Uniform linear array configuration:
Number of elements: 32
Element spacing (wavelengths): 0.5
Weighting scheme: kaiser
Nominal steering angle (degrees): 15
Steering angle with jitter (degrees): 15.323
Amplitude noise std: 0.05
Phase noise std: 0.05

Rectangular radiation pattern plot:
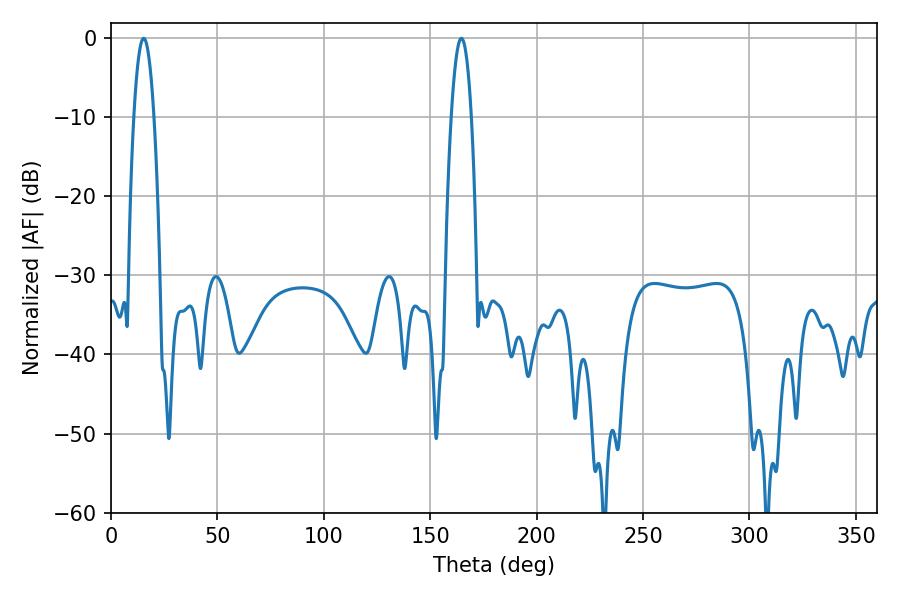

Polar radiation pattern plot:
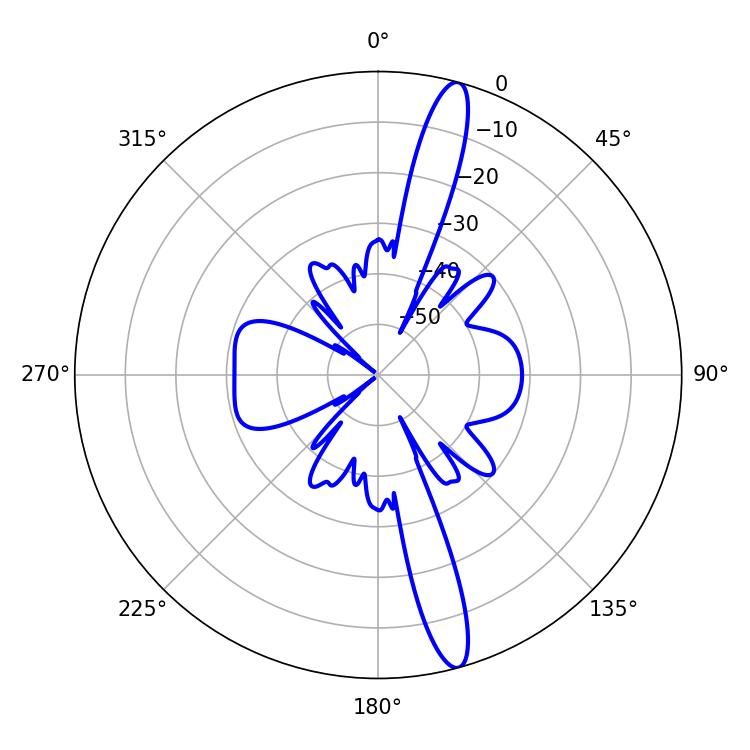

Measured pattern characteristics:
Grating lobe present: FALSE
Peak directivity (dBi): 15.831
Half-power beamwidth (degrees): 5.22
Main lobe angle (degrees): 15.3